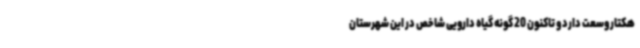
هکتار وسعت دارد و تاکنون 20 گونه گیاه دارویی شاخص در این شهرستان